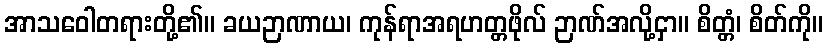
အာသဝေါတရားတို့၏။ ခယဉာဏာယ၊ ကုန်ရာအရဟတ္တဖိုလ် ဉာဏ်အလို့ငှာ။ စိတ္တံ၊ စိတ်ကို။